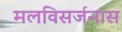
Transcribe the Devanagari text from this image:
मलविसर्जनास